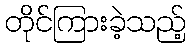
တိုင်ကြားခဲ့သည့်